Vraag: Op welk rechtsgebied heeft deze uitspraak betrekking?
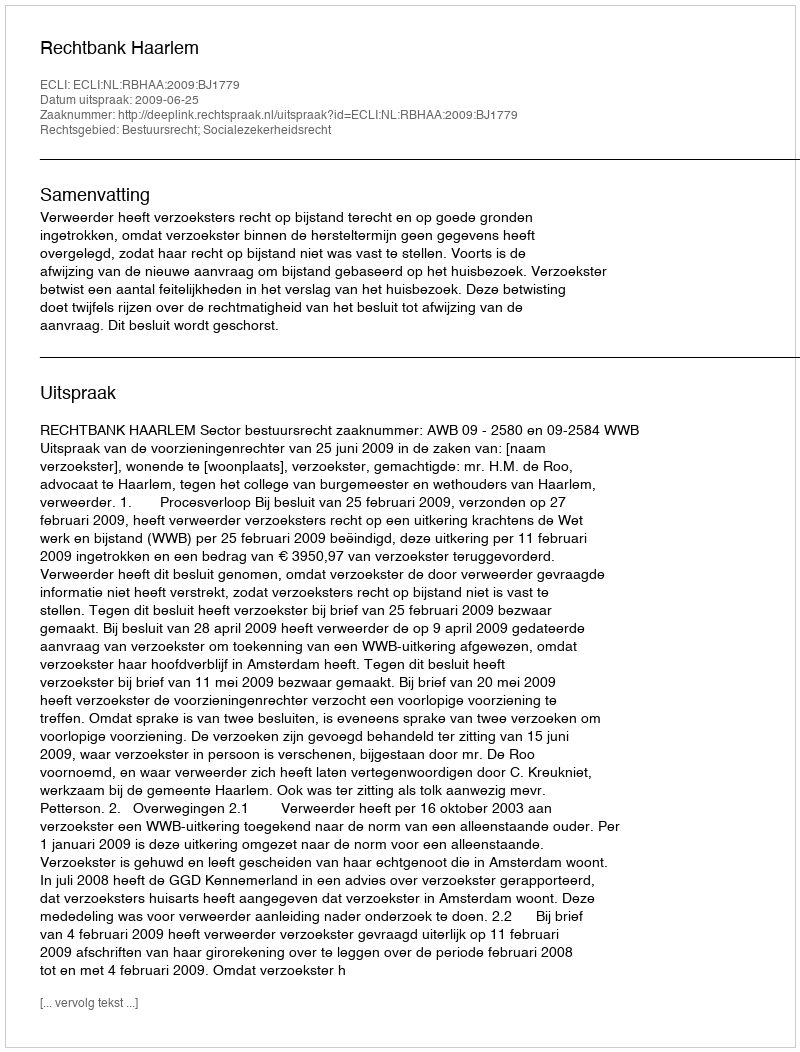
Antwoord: Bestuursrecht; Socialezekerheidsrecht